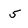
Character: 5